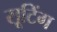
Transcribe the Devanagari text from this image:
सूटिंग